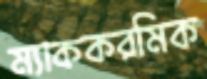
ম্যাককরমিক